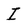
Character: I